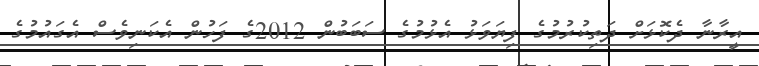
އީރާނާ ދެކޮޅަށް ދަތިކުރުމުގެ ފިޔަވަޅު އެޅުމުގެ ސަބަބުން 2012ގެ ފަހުން އެކަނިވެސް އެގައުމުގެ